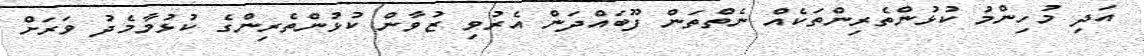
އަދި މުހިންމު ކުޅުންތެރިންތަކެއް ނެތްތަން ފޫބައްދަން އެރުވި ޒުވާން ކުޅުންތެރިންގެ ކުޅުމާމެދު ވަރަށް